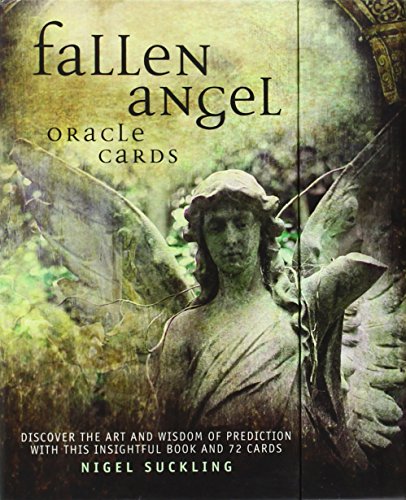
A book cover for Fallen Angels Oracle Cards (72 cards); Nigel Suckling; Religion & Spirituality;